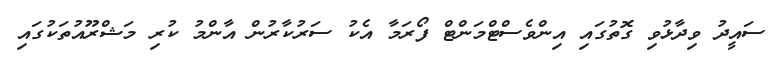
ސައީދު ވިދާޅުވި ގޮތުގައި އިންވެސްޓްމަންޓް ފޯރަމާ އެކު ސަރުކާރުން އާންމު ކުރި މަޝްރޫއުތަކުގައި